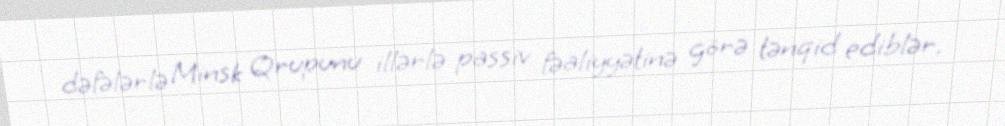
dəfələrlə Minsk Qrupunu illərlə passiv fəaliyyətinə görə tənqid ediblər.